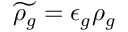
\widetilde { \rho _ { g } } = \epsilon _ { g } \rho _ { g }